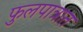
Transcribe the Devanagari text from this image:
फुलपात्रात